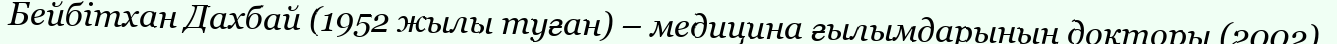
Бейбітхан Дахбай (1952 жылы туған) – медицина ғылымдарының докторы (2002).